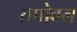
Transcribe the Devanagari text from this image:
तपोवऩ